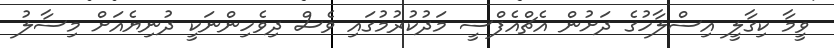
ވީމާ ކިގާލީ އިސްލާހުގެ ދަށުން އެޗްއެފްސީ މަދުކުރުމުގައި ވެސް ދިވެހިންނަކީ ދުނިޔެއަށް މިސާލު